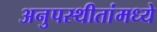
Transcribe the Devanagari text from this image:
अनुपस्थीतांमध्ये